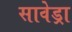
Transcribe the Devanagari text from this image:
सावेड्रा